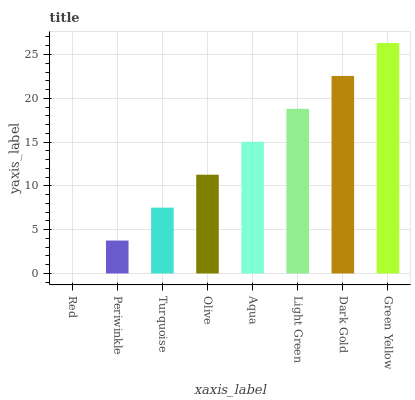
| xaxis_label | bars |
 | --- | --- |
 | Red | 0 |
 | Periwinkle | 3.76 |
 | Turquoise | 7.52 |
 | Olive | 11.3 |
 | Aqua | 15 |
 | Light Green | 18.8 |
 | Dark Gold | 22.6 |
 | Green Yellow | 26.3 |